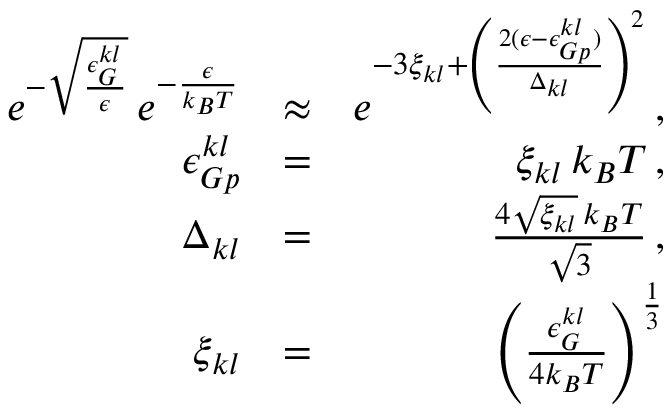
\begin{array} { r l r } { e ^ { - \sqrt { \frac { \epsilon _ { G } ^ { k l } } { \epsilon } } } \, e ^ { - \frac { \epsilon } { k _ { B } T } } } & { \approx } & { e ^ { - 3 \xi _ { k l } + \left( \frac { 2 ( \epsilon - \epsilon _ { G p } ^ { k l } ) } { \Delta _ { k l } } \right) ^ { 2 } } \, , } \\ { \epsilon _ { G p } ^ { k l } } & { = } & { \xi _ { k l } \, k _ { B } T \, , } \\ { \Delta _ { k l } } & { = } & { \frac { 4 \sqrt { \xi _ { k l } } \, k _ { B } T } { \sqrt { 3 } } \, , } \\ { \xi _ { k l } } & { = } & { \left( \frac { \epsilon _ { G } ^ { k l } } { 4 k _ { B } T } \right) ^ { \frac { 1 } { 3 } } } \end{array}